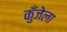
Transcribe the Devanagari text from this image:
कुँजेला